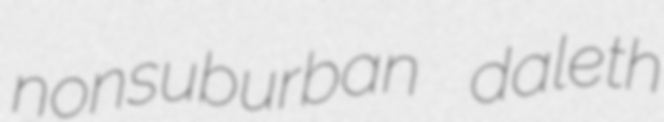
nonsuburban daleth